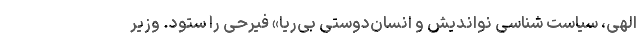
الهی، سیاست شناسی نواندیش و انسان‌دوستی بی‌ریا» فیرحی را ستود. وزیر